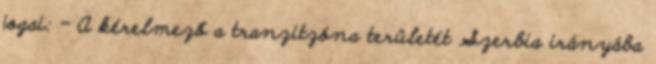
jogai: - A kérelmező a tranzitzóna területét Szerbia irányába